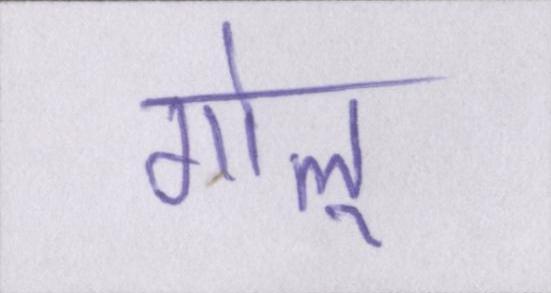
गोलू